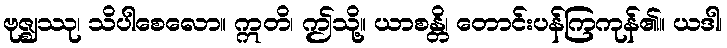
ဗုဇ္ဈဿု၊ သိပါစေလော။ ဣတိ၊ ဤသို့။ ယာစန္တိ၊ တောင်းပန်ကြကုန်၏။ ယဒါ၊